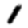
Digit: 1